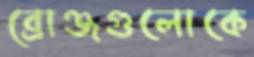
ব্রোঞ্জগুলোকে